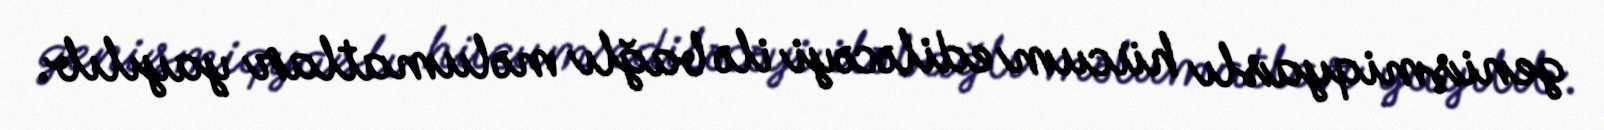
genişmiqyaslı hücum ediləcəyi ilə bağlı məlumatlar yayılıb.